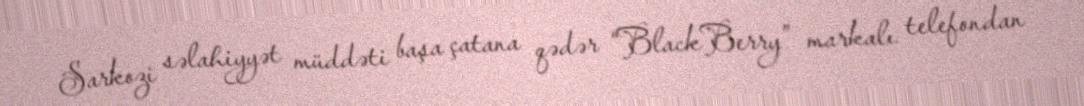
Sarkozi səlahiyyət müddəti başa çatana qədər “BlackBerry” markalı telefondan